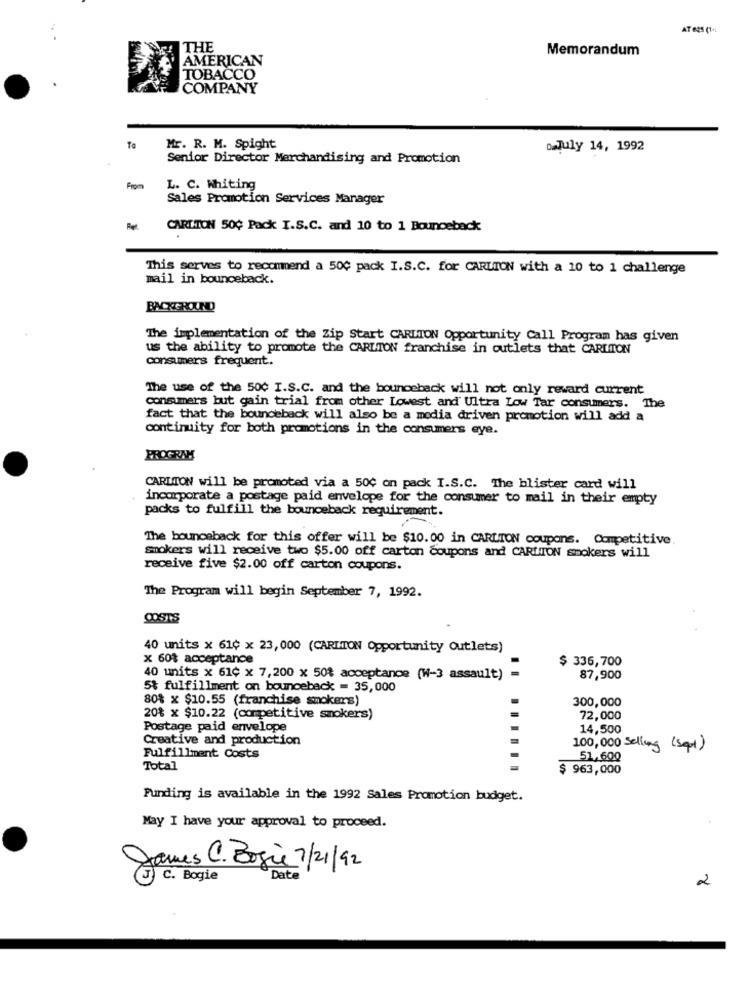
AT 625 (1+)
THE
Memorandum
AMERICAN
TOBACCO
COMPANY
To
Mr. R. M. Spight
osJuly 14, 1992
Senior Director Merchandising and Promotion
From
L. C. Whiting
Sales Promotion Services Manager
CARLTON 50¢ Pack I.S.C. and 10 to 1 Bounceback
This serves to recommend a 500 pack I.S.C. for CARLTON with a 10 to 1 challenge
mail in bounceback.
BACKGROUND
The implementation of the Zip Start CARLTON Opportunity Call Program has given
us the ability to promote the CARLTON franchise in outlets that CARLTON
consumers frequent.
The use of the 500 I.S.C. and the bounceback will not only reward current
consumers but gain trial from other Lowest and Ultra Low Tar consumers. The
fact that the bounceback will also be a media driven promotion will add a
continuity for both promotions in the consumers eye.
PROGRAM
CARLTON will be promoted via a 500 on pack I.S.C. The blister card will
incorporate a postage paid envelope for the consumer to mail in their empty
packs to fulfill the bounceback requirement.
The bounceback for this offer will be $10.00 in CARLTON coupons. Competitive.
Smokers will receive two $5.00 off carton coupons and CARLTON smokers will
receive five $2.00 off carton coupons.
The Program will begin September 7, 1992.
COSTS
40 units x 61¢ x 23,000 (CARLTON Opportunity Outlets)
x 60$ acceptance
$ 336,700
40 units x 61¢ x 7,200 x 50% acceptance (W-3 assault) =
87,900
5% fulfillment on bounceback = 35,000
80% x $10.55 (franchise smokers)
300,000
20% x $10.22 (competitive smokers)
72,000
Postage paid envelope
14,500
Creative and production
100,000 Selling (sept)
Fulfillment Costs
51,600
Total
$ 963,000
Funding is available in the 1992 Sales Promotion budget.
May I have your approval to proceed.
James C. Bogie 7/21/92
C . Bogie
2